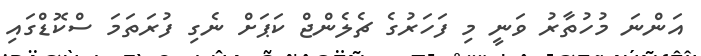
އަންނަ މުހުތާރު ވަނީ މި ފަހަރުގެ ޗެލެންޖް ކަޕަށް ނެގި ފުރަތަމަ ސްކޮޑްގައި